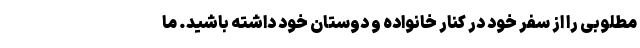
مطلوبی را از سفر خود در کنار خانواده و دوستان خود داشته باشید. ما